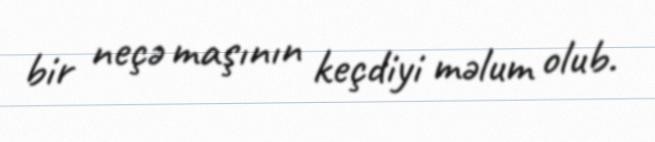
bir neçə maşının keçdiyi məlum olub.